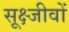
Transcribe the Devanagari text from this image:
सूक्ष्जीवों